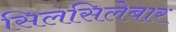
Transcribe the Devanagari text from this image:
सिलसिलेबार